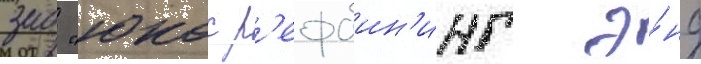
зао "юкос р'ефаин'инг э́нд